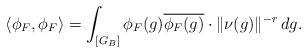
LaTeX: \begin{align*}\langle \phi_F, \phi_F \rangle = \int_{[G_B]} \phi_F (g) \overline{\phi_F(g)} \cdot \| \nu(g) \|^{-r} \,dg.\end{align*}